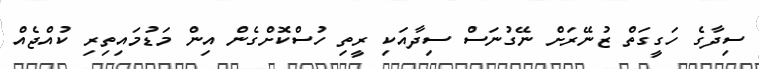
ސިދާގެ ހަގީގަތް ޒުނޭރަށް ނޭގުނަސް ސިދާއަކި ރީތި ހުސްކޮށްގެން އިން މަޑުމައިތިރި ކުއްޖެއް